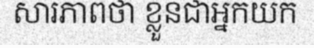
សារភាពថា ខ្លួនជាអ្នកយក